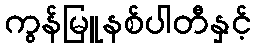
ကွန်မြူနစ်ပါတီနှင့်